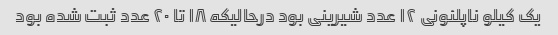
یک کیلو ناپلئونی ۱۲ عدد شیرینی بود درحالیکه ۱۸ تا ۲۰ عدد ثبت شده بود